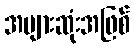
အများဆုံးအဖြစ်